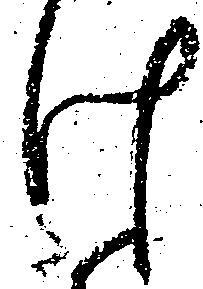
け